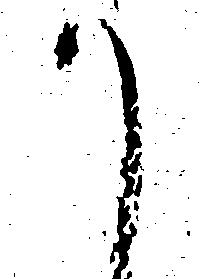
か